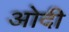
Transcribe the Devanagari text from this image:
ओदी